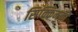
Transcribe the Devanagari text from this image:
सिक्किमकी